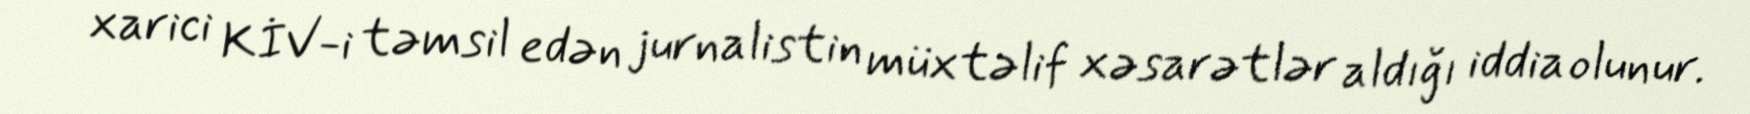
xarici KİV-i təmsil edən jurnalistin müxtəlif xəsarətlər aldığı iddia olunur.